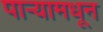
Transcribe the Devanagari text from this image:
पाऱ्यामधून